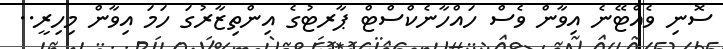
ސޮނި ވެއްޓޭނެ އިވާން ވެސް ހައްހާނެކްސްޓް ޕާރޓުގެ އިންތިޒާރުގަ ހަމަ އިވާން މިހިރީ..